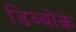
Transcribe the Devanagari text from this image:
डिब्बोंके